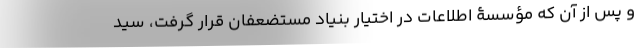
و پس از آن که مؤسسۀ اطلاعات در اختیار بنیاد مستضعفان قرار گرفت، سید